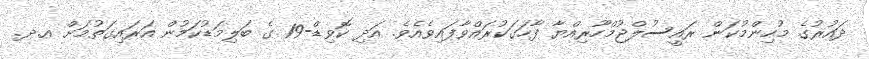
ދައުރުގެ މުހިންމުކަން ރައީސުލްޖުމްހޫރިއްޔާ ފާހަގަކުރައްވާފައިވެއެވެ. އަދި ކޮވިޑް-19 ގެ ބަލިމަޑުކަމުން އަރައިގަތުމަށް އ.ދ.